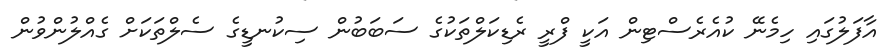
އާފަލުގައި ހިމެނޭ ކުއެރެސްޓިން އަކީ ފްރީ ރެޑިކަލްތަކުގެ ސަބަބުން ސިކުނޑީގެ ސެލްތަކަށް ގެއްލުންވުން